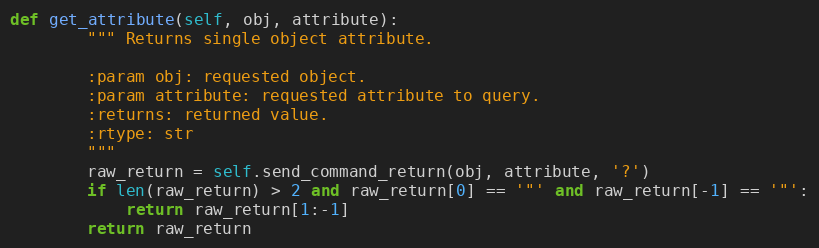
Language: Python
def get_attribute(self, obj, attribute):
        """ Returns single object attribute.

        :param obj: requested object.
        :param attribute: requested attribute to query.
        :returns: returned value.
        :rtype: str
        """
        raw_return = self.send_command_return(obj, attribute, '?')
        if len(raw_return) > 2 and raw_return[0] == '"' and raw_return[-1] == '"':
            return raw_return[1:-1]
        return raw_return